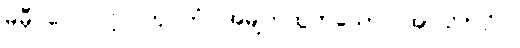
မမှီဝဲလေလင့်။ ကုပိတံ၊ အမျက်ထွက်သော။ အာသိဝိသံဝ၊